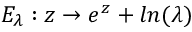
E _ { \lambda } : z \to e ^ { z } + l n ( \lambda )